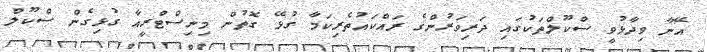
އޭނާ ވިދާޅުވީ ސްކޫލްތަކުގައި ދަރިވަރުންގެ ރައްކައުތެރިކަމާ ގުޅޭ ގޮތުން މިނިސްޓްރީއާ ގުޅިގެން ސްކޫލް